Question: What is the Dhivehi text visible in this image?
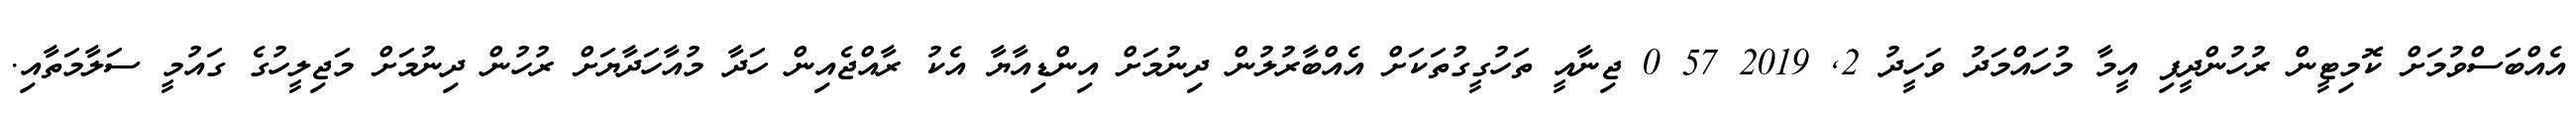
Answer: އެއްބަސްވުމަށް ކޮމިޓީން ރުހުންދީފި އީމާ މުހައްމަދު ވަހީދު 2, 2019 57 0 ޖިނާއީ ތަހުގީގުތަކަށް އެއްބާރުލުން ދިނުމަށް އިންޑިއާޔާ އެކު ރާއްޖެއިން ހަދާ މުއާހަދާޔަށް ރުހުން ދިނުމަށް މަޖިލީހުގެ ގައުމީ ސަލާމަތާއި.